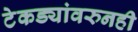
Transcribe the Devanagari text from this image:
टेकड्यांवरुनही